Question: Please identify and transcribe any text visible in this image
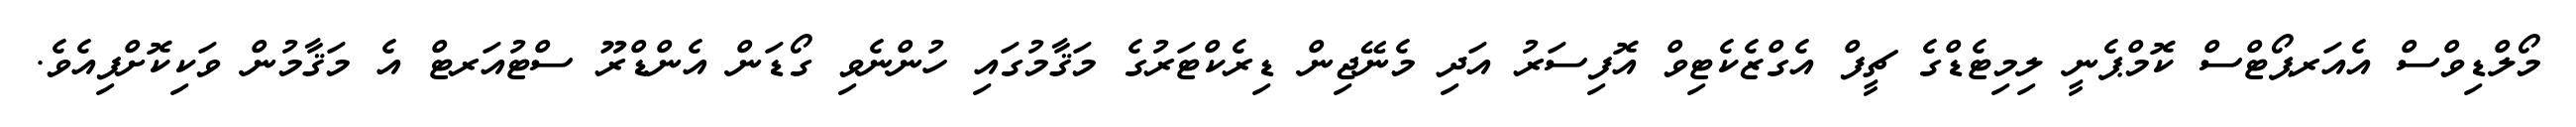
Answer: މޯލްޑިވްސް އެއަރޕޯޓްސް ކޮމްޕެނީ ލިމިޓެޑްގެ ޗީފް އެގްޒެކެޓިވް އޮފިސަރު އަދި މެނޭޖިން ޑިރެކްޓަރުގެ މަޤާމުގައި ހުންނެވި ގޯޑަން އެންޑްރޫ ސްޓުއަރޓް އެ މަޤާމުން ވަކިކޮށްފިއެވެ.